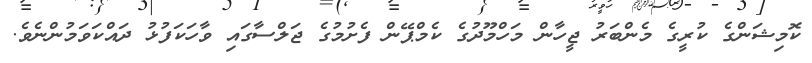
ކޮމިޝަންގެ ކުރީގެ މެންބަރު ޖީހާން މަހްމޫދުގެ ކެމްޕޭން ފެށުމުގެ ޖަލްސާގައި ވާހަކަފުޅު ދައްކަވަމުންނެވެ.